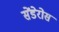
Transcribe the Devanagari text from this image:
सेंडेरोस